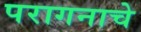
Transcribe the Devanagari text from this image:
परागनाचे